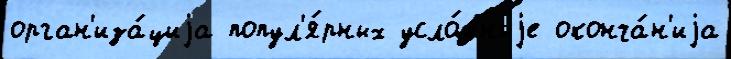
орган'иза́циjа попул'я́рных усло́вныjе оконча́н'иjа